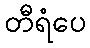
တီရံပေ